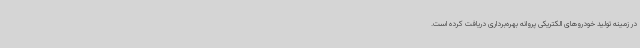
در زمینه تولید خودروهای الکتریکی پروانه بهره‌برداری دریافت کرده است.